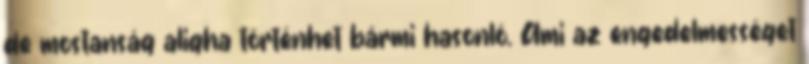
de mostanság aligha történhet bármi hasonló. Ami az engedelmességet